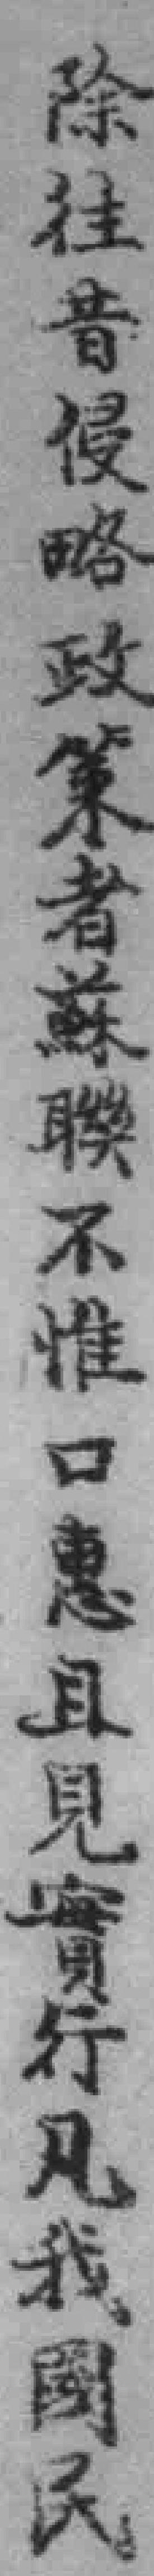
除往昔侵略政策者蘇聯不惟口惠且見實行凡我國民